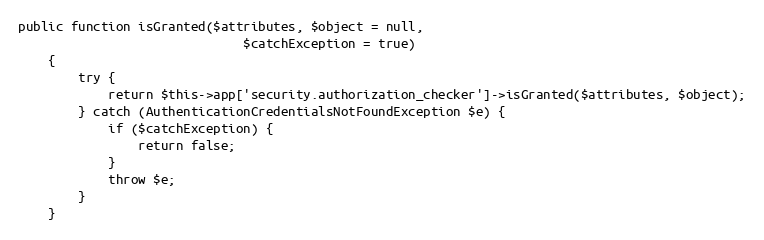
Language: PHP
public function isGranted($attributes, $object = null,
                              $catchException = true)
    {
        try {
            return $this->app['security.authorization_checker']->isGranted($attributes, $object);
        } catch (AuthenticationCredentialsNotFoundException $e) {
            if ($catchException) {
                return false;
            }
            throw $e;
        }
    }